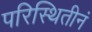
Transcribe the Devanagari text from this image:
परिस्थितीनं